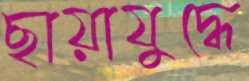
ছায়াযুদ্ধে